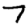
Digit: 7